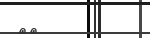
٦٢